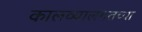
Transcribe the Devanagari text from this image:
कालव्यालगतच्या